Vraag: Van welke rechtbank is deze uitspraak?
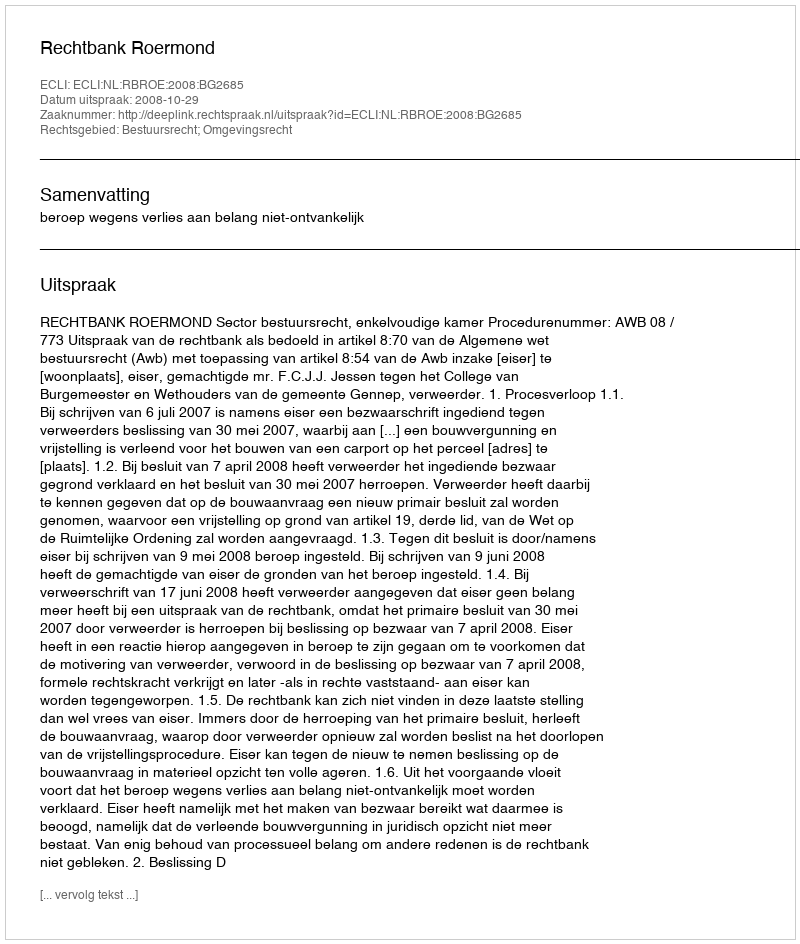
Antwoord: Rechtbank Roermond